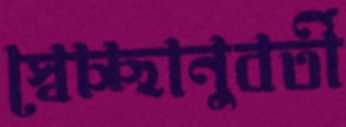
স্বেচ্ছানুবর্তী